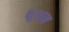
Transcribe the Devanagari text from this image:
क्षुअन